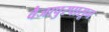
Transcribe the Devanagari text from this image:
वैजापुरपासून